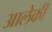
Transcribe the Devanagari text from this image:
आलेकी